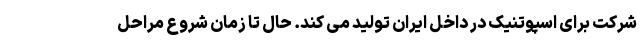
شرکت برای اسپوتنیک در داخل ایران تولید می کند. حال تا زمان شروع مراحل